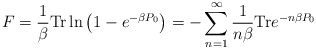
\begin{align*}F=\frac{1}{\beta}{\rm Tr}\ln\left( 1-e^{-\beta P_0}\right)=-\sum_{n=1}^\infty\frac{1}{n\beta}{\rm Tr} e^{-n \beta P_0} \end{align*}